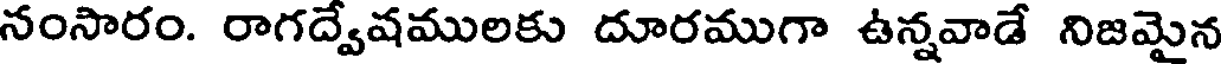
నంసారం. రాగద్వేషములకు దూరముగా ఉన్నవాడే నిజమైన